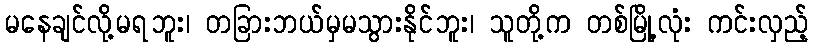
မနေချင်လို့မရဘူး၊ တခြားဘယ်မှမသွားနိုင်ဘူး၊ သူတို့က တစ်မြို့လုံး ကင်းလှည့်